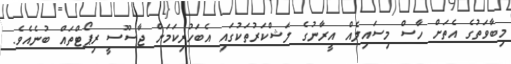
މިބާވަތުގެ އެތަށް ހާސް މިސައިލެއް އީރާނުގެ ލަޝްކަރުތަކުގައި އެބަހުރިކަމަށް ޖާސޫސީ ރިޕޯޓްތައް ބުނެއެވެ.